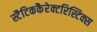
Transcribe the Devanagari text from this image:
स्टैटिककैरेक्टरिस्टिक्स